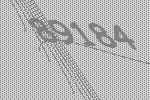
89184